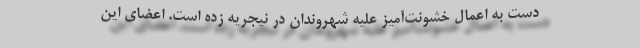
دست به اعمال خشونت‌آمیز علیه شهروندان در نیجریه زده است. اعضای این